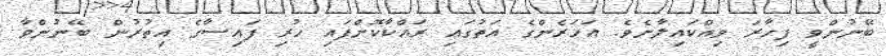
ބޭނުންވީ ފިހާރަ ވިއްކައިލާށެވެ. އަހަރެންގެ އަތުގައި ރައްކާކޮށްފައި ހުރި ފައިސާގެ އިތުރުން ބޭނުންވާ